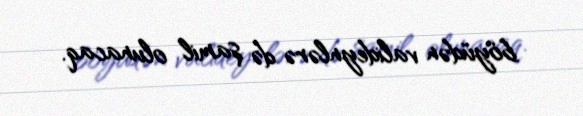
böyüdən valideynlərə də şamil olunacaq.